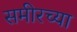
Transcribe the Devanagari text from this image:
समीरच्या